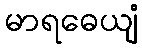
မာရဓေယျံ